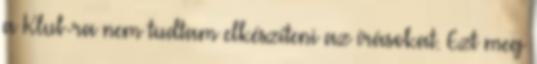
a Klub-ra nem tudtam elkészíteni az írásokat. Ezt meg